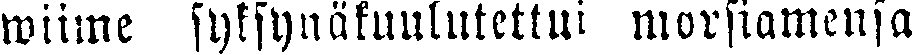
wiime syksynäkuulutettui morsiamensa